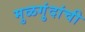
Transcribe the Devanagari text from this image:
मुळगुंदांची